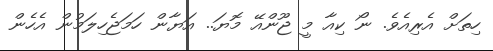
ހިތަށް އެރިއެވެ. ނޯ ކިއާ މީ ޖޫންއޭ މޮޔަ.. އަޔާން ހަމަޖެހިލަމުން އެހެން